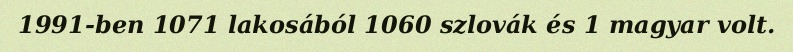
1991-ben 1071 lakosából 1060 szlovák és 1 magyar volt.